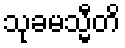
သုခမသ္မီတိ